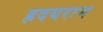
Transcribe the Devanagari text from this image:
ह्रदयराम